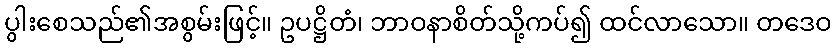
ပွါးစေသည်၏အစွမ်းဖြင့်။ ဥပဋ္ဌိတံ၊ ဘာဝနာစိတ်သို့ကပ်၍ ထင်လာသော။ တဒေဝ